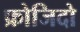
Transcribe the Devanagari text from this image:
फ्रोजिदो